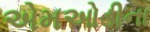
એમઓડીના